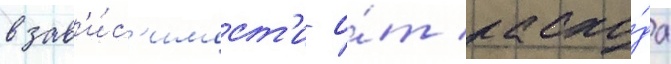
в зав'и́с'имост'и о́т расхо́да